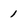
Character: 1